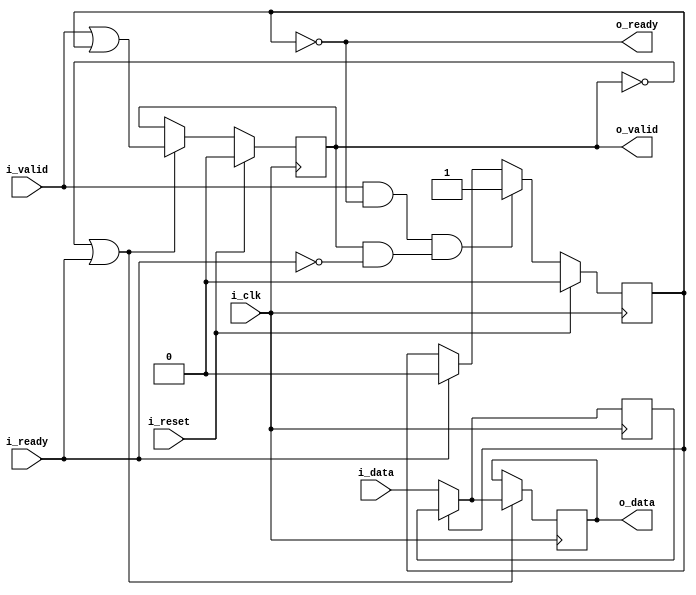
// This program was cloned from: https://github.com/ZipCPU/wbuart32
// License: GNU General Public License v3.0

////////////////////////////////////////////////////////////////////////////////
//
// {{{
// Project:	wbuart32, a full featured UART with simulator
//
// Purpose:	A basic SKID buffer.
//
//	Skid buffers are required for high throughput AXI code, since the AXI
//	specification requires that all outputs be registered.  This means
//	that, if there are any stall conditions calculated, it will take a clock
//	cycle before the stall can be propagated up stream.  This means that
//	the data will need to be buffered for a cycle until the stall signal
//	can make it to the output.
//
//	Handling that buffer is the purpose of this core.
//
//	On one end of this core, you have the i_valid and i_data inputs to
//	connect to your bus interface.  There's also a registered o_ready
//	signal to signal stalls for the bus interface.
//
//	The other end of the core has the same basic interface, but it isn't
//	registered.  This allows you to interact with the bus interfaces
//	as though they were combinatorial logic, by interacting with this half
//	of the core.
//
//	If at any time the incoming !stall signal, i_ready, signals a stall,
//	the incoming data is placed into a buffer.  Internally, that buffer
//	is held in r_data with the r_valid flag used to indicate that valid
//	data is within it.
//
// Parameters:
//	DW or data width
//		In order to make this core generic, the width of the data in the
//		skid buffer is parameterized
//
//	OPT_LOWPOWER
//		Forces both o_data and r_data to zero if the respective *VALID
//		signal is also low.  While this costs extra logic, it can also
//		be used to guarantee that any unused values aren't toggling and
//		therefore unnecessarily using power.
//
//		This excess toggling can be particularly problematic if the
//		bus signals have a high fanout rate, or a long signal path
//		across an FPGA.
//
//	OPT_OUTREG
//		Causes the outputs to be registered
//
//	OPT_PASSTHROUGH
//		Turns the skid buffer into a passthrough.  Used for formal
//		verification only.
//
// Creator:	Dan Gisselquist, Ph.D.
//		Gisselquist Technology, LLC
//
////////////////////////////////////////////////////////////////////////////////
// }}}
// Copyright (C) 2019-2024, Gisselquist Technology, LLC
// {{{
// This program is free software (firmware): you can redistribute it and/or
// modify it under the terms of the GNU General Public License as published
// by the Free Software Foundation, either version 3 of the License, or (at
// your option) any later version.
//
// This program is distributed in the hope that it will be useful, but WITHOUT
// ANY WARRANTY; without even the implied warranty of MERCHANTIBILITY or
// FITNESS FOR A PARTICULAR PURPOSE.  See the GNU General Public License
// for more details.
//
// You should have received a copy of the GNU General Public License along
// with this program.  (It's in the $(ROOT)/doc directory.  Run make with no
// target there if the PDF file isn't present.)  If not, see
// <http://www.gnu.org/licenses/> for a copy.
//
// License:	GPL, v3, as defined and found on www.gnu.org,
//		http://www.gnu.org/licenses/gpl.html
//
//
////////////////////////////////////////////////////////////////////////////////
//
//
`default_nettype none
// }}}
module skidbuffer #(
		// {{{
		parameter	[0:0]	OPT_LOWPOWER = 0,
		parameter	[0:0]	OPT_OUTREG = 1,
		//
		parameter	[0:0]	OPT_PASSTHROUGH = 0,
		parameter		DW = 8
		// }}}
	) (
		// {{{
		input	wire			i_clk, i_reset,
		input	wire			i_valid,
		output	reg			o_ready,
		input	wire	[DW-1:0]	i_data,
		output	reg			o_valid,
		input	wire			i_ready,
		output	reg	[DW-1:0]	o_data
		// }}}
	);

	reg	[DW-1:0]	r_data;

	generate if (OPT_PASSTHROUGH)
	begin : PASSTHROUGH
		// {{{
		always @(*)
			o_ready = i_ready;
		always @(*)
			o_valid = i_valid;
		always @(*)
		if (!i_valid && OPT_LOWPOWER)
			o_data = 0;
		else
			o_data = i_data;

		always @(*)
			r_data = 0;
		// }}}
	end else begin : LOGIC
		// We'll start with skid buffer itself
		// {{{
		reg			r_valid;

		// r_valid
		// {{{
		initial	r_valid = 0;
		always @(posedge i_clk)
		if (i_reset)
			r_valid <= 0;
		else if ((i_valid && o_ready) && (o_valid && !i_ready))
			// We have incoming data, but the output is stalled
			r_valid <= 1;
		else if (i_ready)
			r_valid <= 0;
		// }}}

		// r_data
		// {{{
		initial	r_data = 0;
		always @(posedge i_clk)
		if (OPT_LOWPOWER && i_reset)
			r_data <= 0;
		else if (OPT_LOWPOWER && (!o_valid || i_ready))
			r_data <= 0;
		else if ((!OPT_LOWPOWER || !OPT_OUTREG || i_valid) && o_ready)
			r_data <= i_data;
		// }}}

		// o_ready
		// {{{
		always @(*)
			o_ready = !r_valid;
		// }}}

		//
		// And then move on to the output port
		//
		if (!OPT_OUTREG)
		begin

			always @(*)
				o_valid = !i_reset && (i_valid || r_valid);
			// }}}

			// o_data
			// {{{
			always @(*)
			if (r_valid)
				o_data = r_data;
			else if (!OPT_LOWPOWER || i_valid)
				o_data = i_data;
			else
				o_data = 0;
			// }}}
			// }}}
		end else begin : REG_OUTPUT
			// Register our outputs
			// {{{
			// o_valid
			// {{{
			initial	o_valid = 0;
			always @(posedge i_clk)
			if (i_reset)
				o_valid <= 0;
			else if (!o_valid || i_ready)
				o_valid <= (i_valid || r_valid);
			// }}}

			// o_data
			// {{{
			initial	o_data = 0;
			always @(posedge i_clk)
			if (OPT_LOWPOWER && i_reset)
				o_data <= 0;
			else if (!o_valid || i_ready)
			begin

				if (r_valid)
					o_data <= r_data;
				else if (!OPT_LOWPOWER || i_valid)
					o_data <= i_data;
				else
					o_data <= 0;
			end
			// }}}

			// }}}
		end
		// }}}
	end endgenerate

`ifdef	FORMAL
`ifdef	VERIFIC
`define	FORMAL_VERIFIC
`endif
`endif
//
`ifdef	FORMAL_VERIFIC
	// Reset properties
	property RESET_CLEARS_IVALID;
		@(posedge i_clk) i_reset |=> !i_valid;
	endproperty

	property IDATA_HELD_WHEN_NOT_READY;
		@(posedge i_clk) disable iff (i_reset)
		i_valid && !o_ready |=> i_valid && $stable(i_data);
	endproperty

`ifdef	SKIDBUFFER
	assume	property (IDATA_HELD_WHEN_NOT_READY);
`else
	assert	property (IDATA_HELD_WHEN_NOT_READY);
`endif

	generate if (!OPT_PASSTHROUGH)
	begin

		assert property (@(posedge i_clk)
			OPT_OUTREG && i_reset |=> o_ready && !o_valid);

		assert property (@(posedge i_clk)
			!OPT_OUTREG && i_reset |-> !o_valid);

		// Rule #1:
		//	Once o_valid goes high, the data cannot change until the
		//	clock after i_ready
		assert property (@(posedge i_clk)
			disable iff (i_reset)
			o_valid && !i_ready
			|=> (o_valid && $stable(o_data)));

		// Rule #2:
		//	All incoming data must either go directly to the
		//	output port, or into the skid buffer
		assert property (@(posedge i_clk)
			disable iff (i_reset)
			(i_valid && o_ready
				&& (!OPT_OUTREG || o_valid) && !i_ready)
				|=> (!o_ready && r_data == $past(i_data)));

		// Rule #3:
		//	After the last transaction, o_valid should become idle
		if (!OPT_OUTREG)
		begin

			assert property (@(posedge i_clk)
				disable iff (i_reset)
				i_ready |=> (o_valid == i_valid));

		end else begin

			assert property (@(posedge i_clk)
				disable iff (i_reset)
				i_valid && o_ready |=> o_valid);

			assert property (@(posedge i_clk)
				disable iff (i_reset)
				!i_valid && o_ready && i_ready |=> !o_valid);

		end

		// Rule #4
		//	Same thing, but this time for r_valid
		assert property (@(posedge i_clk)
			!o_ready && i_ready |=> o_ready);


		if (OPT_LOWPOWER)
		begin
			//
			// If OPT_LOWPOWER is set, o_data and r_data both need
			// to be zero any time !o_valid or !r_valid respectively
			assert property (@(posedge i_clk)
				(OPT_OUTREG || !i_reset) && !o_valid |-> o_data == 0);

			assert property (@(posedge i_clk)
				o_ready |-> r_data == 0);

			// else
			//	if OPT_LOWPOWER isn't set, we can lower our
			//	logic count by not forcing these values to zero.
		end

`ifdef	SKIDBUFFER
		reg	f_changed_data;

		// Cover test
		cover property (@(posedge i_clk)
			disable iff (i_reset)
			(!o_valid && !i_valid)
			##1 i_valid &&  i_ready [*3]
			##1 i_valid && !i_ready
			##1 i_valid &&  i_ready [*2]
			##1 i_valid && !i_ready [*2]
			##1 i_valid &&  i_ready [*3]
			// Wait for the design to clear
			##1 o_valid && i_ready [*0:5]
			##1 (!o_valid && !i_valid && f_changed_data));

		initial	f_changed_data = 0;
		always @(posedge i_clk)
		if (i_reset)
			f_changed_data <= 1;
		else if (i_valid && $past(!i_valid || o_ready))
		begin
			if (i_data != $past(i_data + 1))
				f_changed_data <= 0;
		end else if (!i_valid && i_data != 0)
			f_changed_data <= 0;

`endif	// SKIDCOVER
	end endgenerate

`endif	// FORMAL_VERIFIC
endmodule
`ifndef	YOSYS
`default_nettype wire
`endif